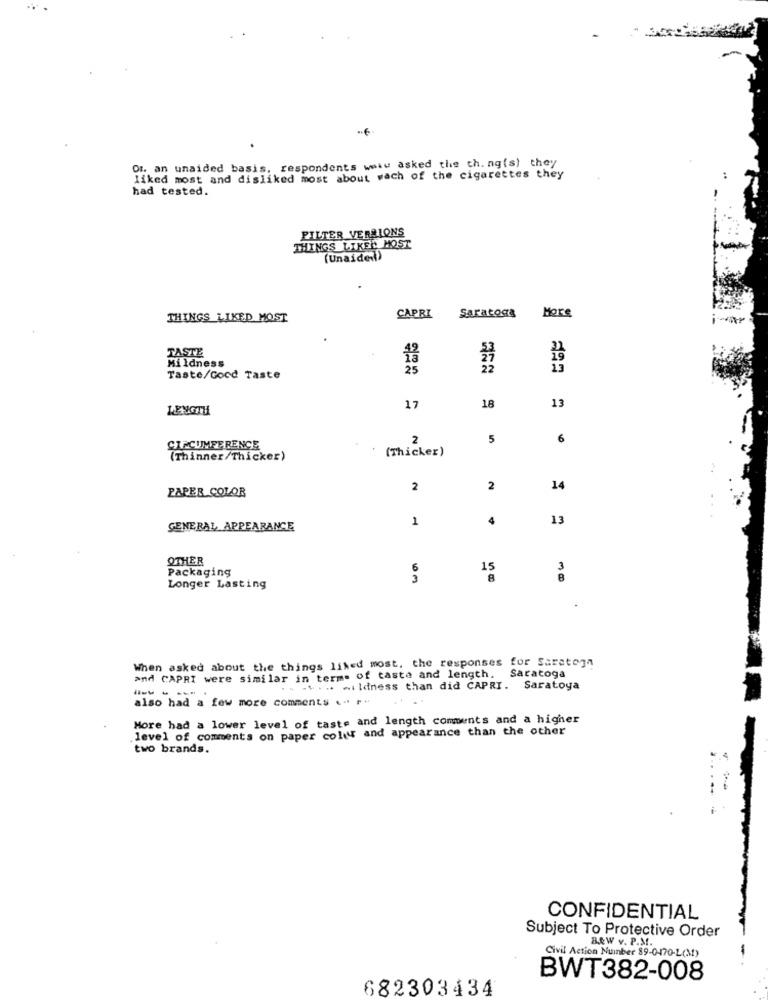
Or. an unaided basis, respondents was asked the thing(s) they
liked most and disliked most about wach of the cigarettes they
had tested.
FILTER VERSIONS
THINGS LIKEE MOST
(Unaided)
THINGS LIKED MOST
CAPRI
Saratoga
More
TASTE
Mildness
25
Taste/Good Taste
LENGTH
17
18
13
2
5
6
CIRCUMFERENCE
(Thicker)
(Thinner/Thicker)
PAPER COLOR
2
2
14
1
4
13
GENERAL APPEARANCE
OTHER
Packaging
6
15
3
3
8
8
Longer Lasting
When asked about the things liked most, the responses for Saratoga
and CAPRI were similar in terms of taste and length. Saratoga
....... wildness than did CAPRI.
Saratoya
----
also had a few more comments .. r.
More had a lower level of taste and length comments and a higher
.level of comments on paper colur and appearance than the other
two brands.
CONFIDENTIAL
Subject To Protective Order
B.QW v. P.M.
Civil Action Number 89-0-170-L(M)
-
BWT382-008
682303434